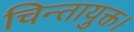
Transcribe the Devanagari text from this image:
चिन्तायुक्त।